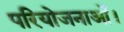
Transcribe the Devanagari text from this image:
परियोजनाओं।